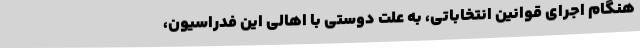
هنگام اجرای قوانین انتخاباتی، به علت دوستی با اهالی این فدراسیون،